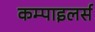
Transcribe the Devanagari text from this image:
कम्पाइलर्स